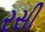
રસી